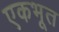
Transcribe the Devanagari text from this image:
एकभूत